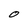
Character: O